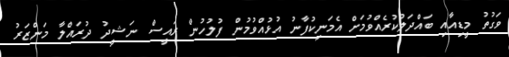
ވަގުތު މީޑިއާއި ބައްދަލުކުރެއްވުމަށް އެމަނިކުފާނު އުޅުއްވުމުން ފުލުހުން ރައީސް ނަޝީދު ދުރައްލާ މަންޒަރު